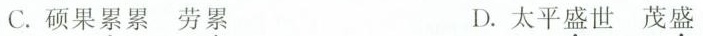
C.硕果累累劳累 D.太平盛世茂盛